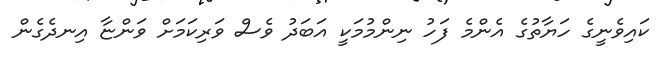
ކައިވެނީގެ ހަޔާތުގެ އެންމެ ފަހު ނިންމުމަކީ އަބަދު ވެސް ވަރިކަމަށް ވަންޏާ އިނދެގެން